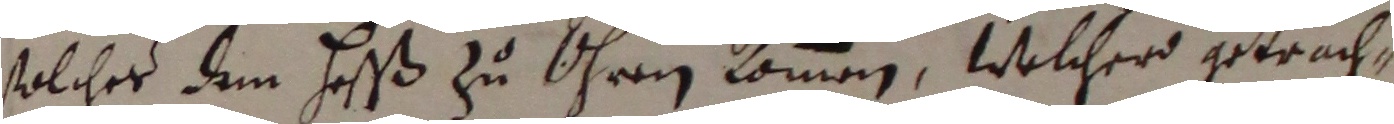
solches dem hesß zu ihrem kommen, welcher getrach,